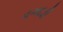
વગદડી